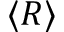
\langle R \rangle